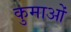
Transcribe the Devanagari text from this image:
कुमाओं